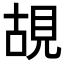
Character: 𮗎